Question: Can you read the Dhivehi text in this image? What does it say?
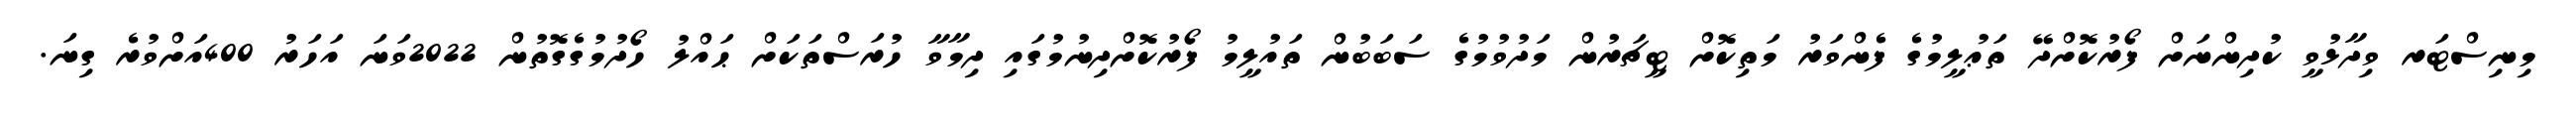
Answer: މިނިސްޓަރ ވިދާޅުވީ ކުދިންނަށް ފޯރުކޮށްދޭ ތަޢުލީމުގެ ފެންވަރު މަތިކޮށް ޓީޗަރުން މަދުވުމުގެ ސަބަބުން ތައުލީމު ފޯރުކޮށްދިނުމުގައި ދިމާވާ ހުރަސްތަކަށް ޙައްލު ހޯދުމުގެގޮތުން 2022ވަނަ އަހަރު 400އަށްވުރެ ގިނަ.